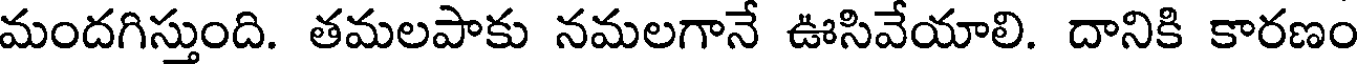
మందగిస్తుంది. తమలపాకు నమలగానే ఊసివేయాలి. దానికి కారణం